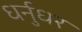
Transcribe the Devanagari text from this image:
धर्नुधर